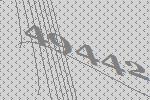
49442